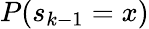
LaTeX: P(s_{k-1}=x)